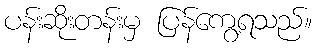
ပန်းဆိုးတန်းမှ ပြန်ကွေ့ရသည်။